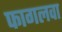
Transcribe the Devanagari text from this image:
फागलवा